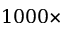
1 0 0 0 \times